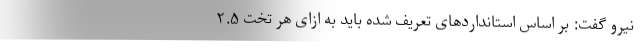
نیرو گفت: بر اساس استانداردهای تعریف شده باید به ازای هر تخت ۲.۵